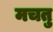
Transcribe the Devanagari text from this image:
मचतु